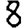
Digit: 8